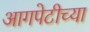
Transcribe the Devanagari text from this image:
आगपेटीच्या